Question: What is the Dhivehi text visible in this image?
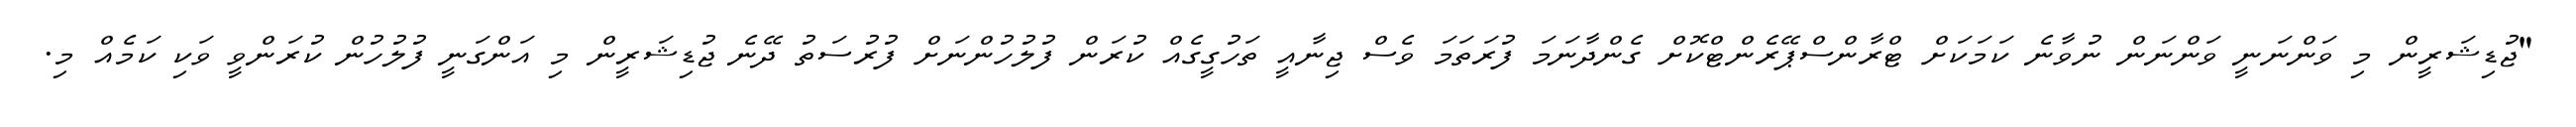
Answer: "ޖުޑިޝަރީން މި ވަންނަނީ ވަންނަން ނުވާނެ ކަމަކަށް ޓްރާންސްޕޭރެންޓްކޮށް ގެންދާނަމަ ފުރަތަމަ ވެސް ޖިނާއީ ތަހުގީގެއް ކުރަން ފުލުހުންނަށް ފުރުސަތު ދޭނެ ޖުޑިޝަރީން މި އަންގަނީ ފުލުހުން ކުރަންވީ ވަކި ކަމެއް މި.